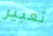
تعبير